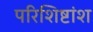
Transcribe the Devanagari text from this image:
परिशिष्टांश